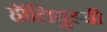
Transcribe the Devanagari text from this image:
हॉलिवुडची